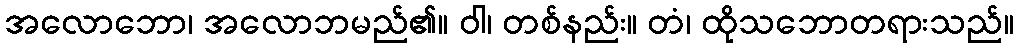
အလောဘော၊ အလောဘမည်၏။ ဝါ၊ တစ်နည်း။ တံ၊ ထိုသဘောတရားသည်။